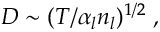
D \sim ( T / \alpha _ { l } n _ { l } ) ^ { 1 / 2 } \; ,